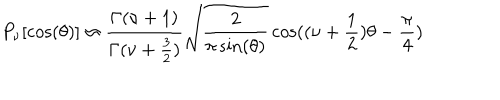
P _ { \nu } [ \cos ( \theta ) ] \approx { \frac { \Gamma ( \nu + 1 ) } { \Gamma ( \nu + { \frac { 3 } { 2 } } ) } } \sqrt { \frac { 2 } { \pi \sin ( \theta ) } } \cos ( ( \nu + { \frac { 1 } { 2 } } ) \theta - { \frac { \pi } { 4 } } )